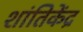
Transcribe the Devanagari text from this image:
शांतिकेंद्र